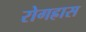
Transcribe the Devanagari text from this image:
रोगह्रास